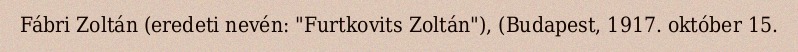
Fábri Zoltán (eredeti nevén: "Furtkovits Zoltán"), (Budapest, 1917. október 15.